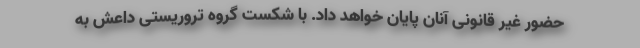
حضور غیر قانونی آنان پایان خواهد داد. با شکست گروه تروریستی داعش به